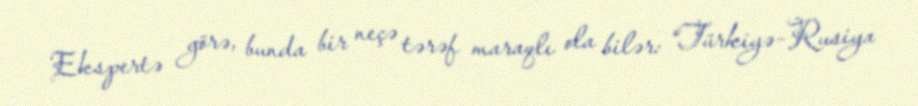
Ekspertə görə, bunda bir neçə tərəf maraqlı ola bilər: “Türkiyə-Rusiya